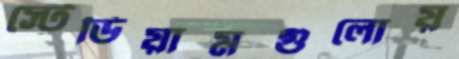
স্টেডিয়ামগুলোয়